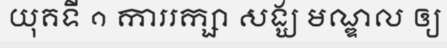
យុគទី ១ ការរក្សា សង្ឃ មណ្ឌល ឲ្យ